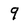
Character: 9